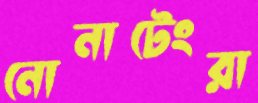
নোনাটেংরা